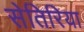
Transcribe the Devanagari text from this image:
सेतिरिया